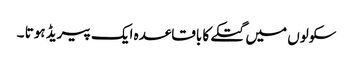
سکولوں میں گتکے کا باقاعدہ ایک پیریڈ ہوتا ۔